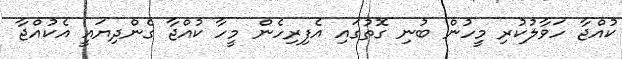
ކުއްޖާ ހަވާލުކުރި މީހުން ބުނި ގޮތުގައި އެފިރިހެން މީހާ ކުއްޖާ ގެންދިޔައީ އެކުއްޖާ